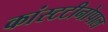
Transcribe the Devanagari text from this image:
कांस्टटीनोपाल